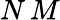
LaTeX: N\, M